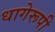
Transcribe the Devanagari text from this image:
धागेरूपी